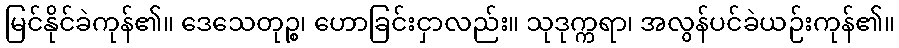
မြင်နိုင်ခဲကုန်၏။ ဒေသေတုဉ္စ၊ ဟောခြင်းငှာလည်း။ သုဒုက္ကရာ၊ အလွန်ပင်ခဲယဉ်းကုန်၏။